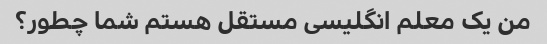
من یک معلم انگلیسی مستقل هستم شما چطور؟